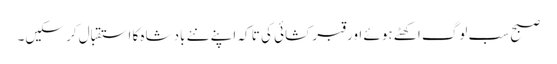
صبح سب لوگ اکھٹے ہوئے اور قبر کشائی کی تا کہ اپنے نئے بادشاہ کا استقبال کر سکیں۔